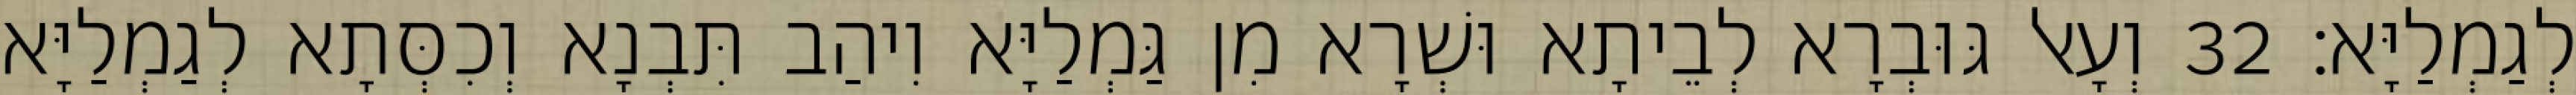
לְגַמְלַיָּא׃ 32 וְעָאל גּוּבְרָא לְבֵיתָא וּשְׁרָא מִן גַּמְלַיָּא וִיהַב תִּבְנָא וְכִסְּתָא לְגַמְלַיָּא